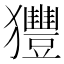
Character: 𤣖